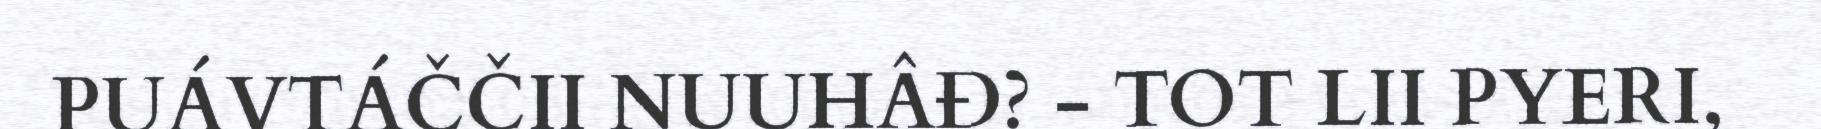
PUÁVTÁČČII NUUHÂĐ? - TOT LII PYERI,